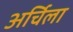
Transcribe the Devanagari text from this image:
अर्चिला